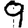
Digit: 9